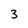
Character: 3